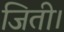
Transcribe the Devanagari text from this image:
जिती।